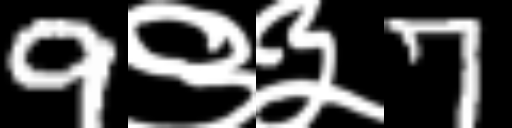
Text: 9९३7